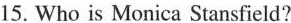
15. Who is Monica Stansfield?